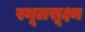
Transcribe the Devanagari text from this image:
स्थूलसूक्ष्म